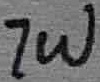
Text: 7W